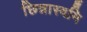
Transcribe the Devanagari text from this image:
छिन्नास्वमि